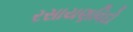
રસાયણવિદો